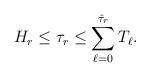
LaTeX: \begin{align*}H_r \le \tau_r \le \sum_{\ell=0}^{\hat\tau_r} T_\ell.\end{align*}